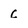
Character: c